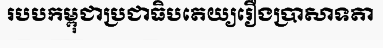
របបកម្ពុជាប្រជាធិបតេយ្យរឿងប្រាសាទតា